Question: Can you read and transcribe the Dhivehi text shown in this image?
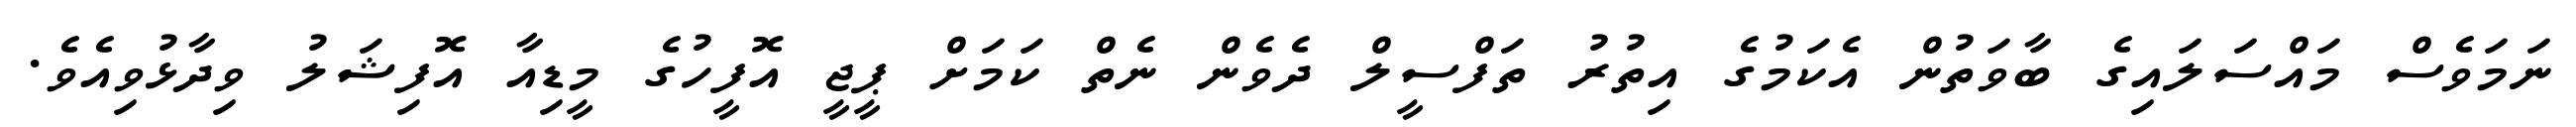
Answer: ނަމަވެސް މައްސަލައިގެ ބާވަތުން އެކަމުގެ އިތުރު ތަފްސީލް ދެވެން ނެތް ކަމަށް ޕީޖީ އޮފީހުގެ މީޑިއާ އޮފިޝަލު ވިދާޅުވިއެވެ.